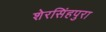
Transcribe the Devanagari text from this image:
शेरसिंहपुरा